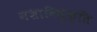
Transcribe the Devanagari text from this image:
नशाविमुक्ति